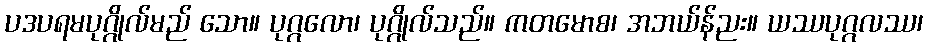
ပဒပရမပုဂ္ဂိုလ်မည် သော။ ပုဂ္ဂလော၊ ပုဂ္ဂိုလ်သည်။ ကတမောစ၊ အဘယ်န်ညး။ ယဿပုဂ္ဂလဿ၊